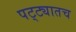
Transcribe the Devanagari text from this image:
पट्ट्यातच